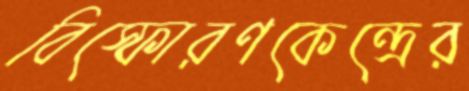
বিস্ফোরণকেন্দ্রের